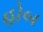
હોબ